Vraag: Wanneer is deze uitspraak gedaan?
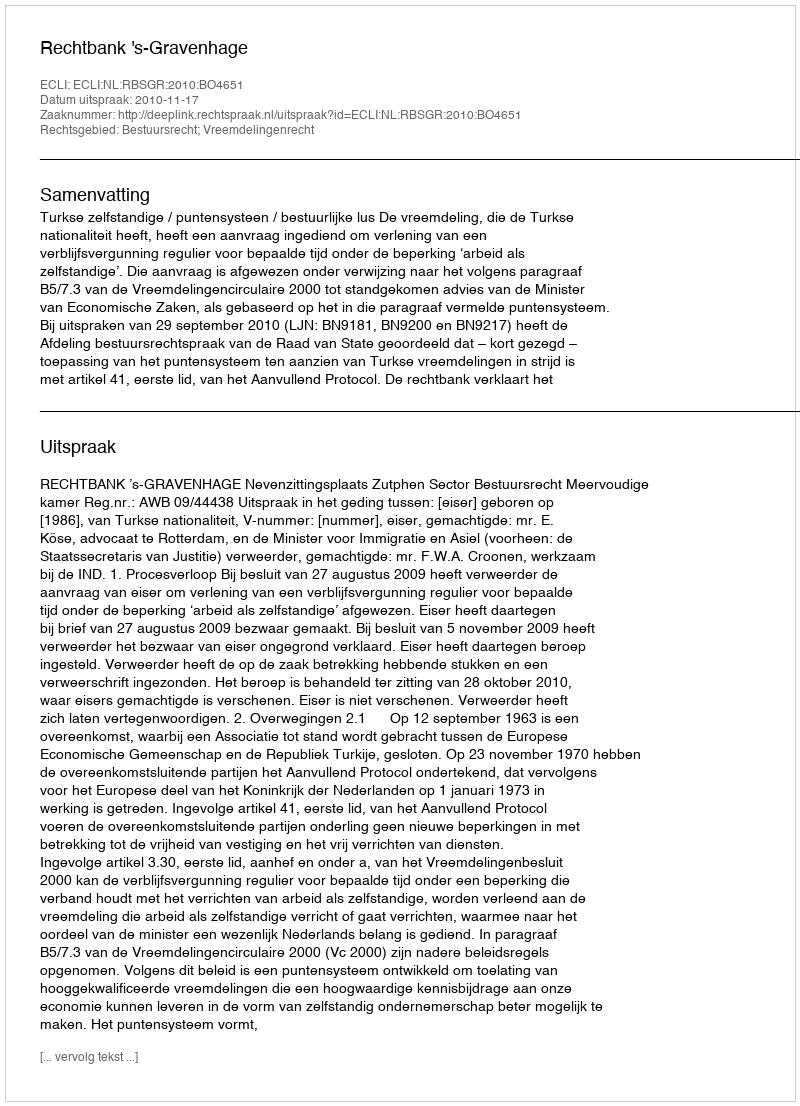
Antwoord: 2010-11-17